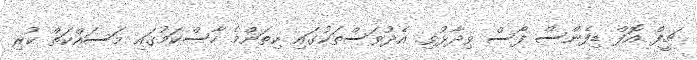
ޗީފް އޮފް ޑިފެންސް ފޯސް ވިދާޅުވި. އެދުވަސްތަކުގައި ކިތަންމެ ހާސްކަމުގައި މަސައްކަތް ކުރި